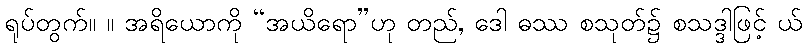
ရုပ်တွက်။ ။ အရိယောကို “အယိရော”ဟု တည်, ဒေါ ဓဿ စသုတ်၌ စသဒ္ဒါဖြင့် ယ်